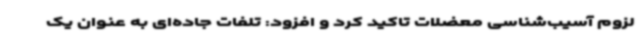
لزوم آسیب‌شناسی معضلات تاکید کرد و افزود: تلفات جاده‌ای به عنوان یک